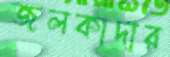
জলকাদার